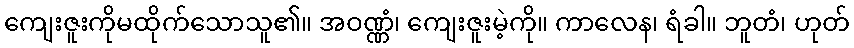
ကျေးဇူးကိုမထိုက်သောသူ၏။ အဝဏ္ဏံ၊ ကျေးဇူးမဲ့ကို။ ကာလေန၊ ရံခါ။ ဘူတံ၊ ဟုတ်